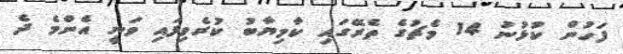
ފަހުން ކުޅުނު 14 މެޗުގެ ތެރޭގައި ކާމިޔާބު ކުރެވިފައި ވަނީ އެންމެ ދެ